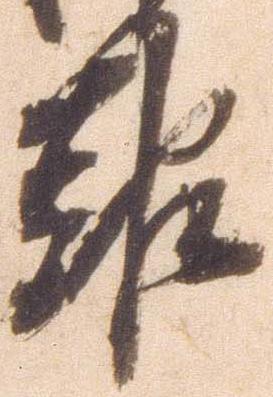
報